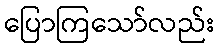
ပြောကြသော်လည်း